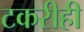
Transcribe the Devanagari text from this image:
टकरीही